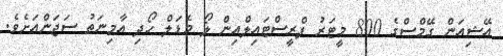
އޭޝިއަން ގޭމްސްގެ 800 މީޓަރު ފްރީސްޓައިލްއިން ލޯ މެޑަލް ހޯދި އާމިނަތު ސަޖަންއަށެވެ.